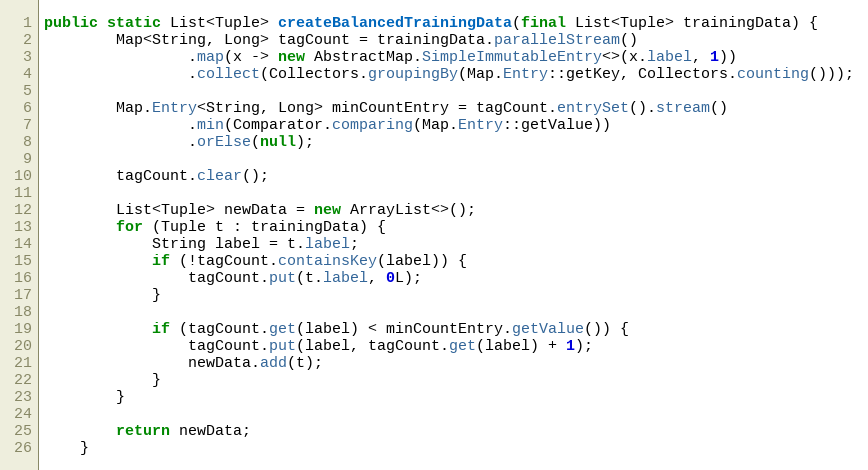
Language: Java
public static List<Tuple> createBalancedTrainingData(final List<Tuple> trainingData) {
        Map<String, Long> tagCount = trainingData.parallelStream()
                .map(x -> new AbstractMap.SimpleImmutableEntry<>(x.label, 1))
                .collect(Collectors.groupingBy(Map.Entry::getKey, Collectors.counting()));

        Map.Entry<String, Long> minCountEntry = tagCount.entrySet().stream()
                .min(Comparator.comparing(Map.Entry::getValue))
                .orElse(null);

        tagCount.clear();

        List<Tuple> newData = new ArrayList<>();
        for (Tuple t : trainingData) {
            String label = t.label;
            if (!tagCount.containsKey(label)) {
                tagCount.put(t.label, 0L);
            }

            if (tagCount.get(label) < minCountEntry.getValue()) {
                tagCount.put(label, tagCount.get(label) + 1);
                newData.add(t);
            }
        }

        return newData;
    }